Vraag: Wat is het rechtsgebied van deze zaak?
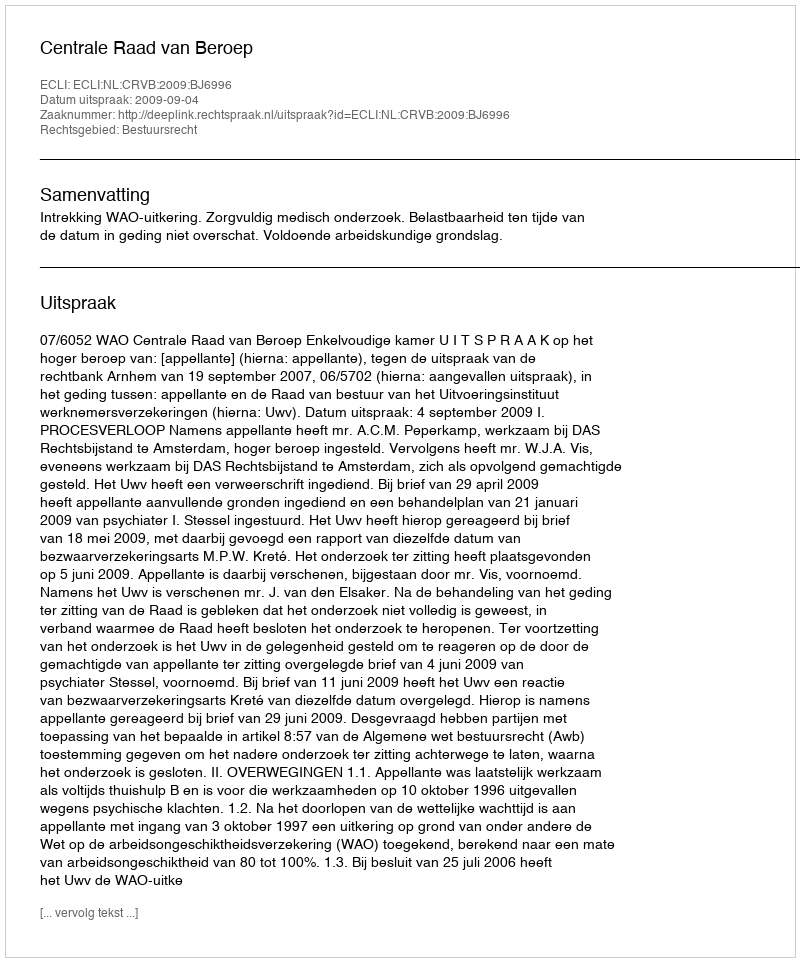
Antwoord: Bestuursrecht